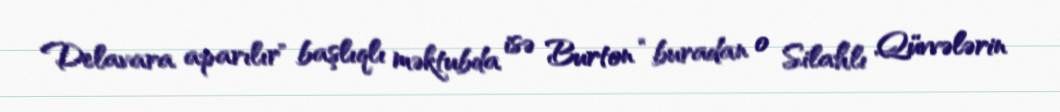
Delavara aparılır" başlıqlı məktubda isə Burton “buradan o Silahlı Qüvvələrin